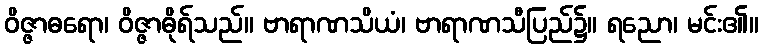
ဝိဇ္ဇာဓရော၊ ဝိဇ္ဇာဓိုရ်သည်။ ဗာရာဏသိယံ၊ ဗာရာဏသီပြည်၌။ ရညော၊ မင်း၏။